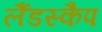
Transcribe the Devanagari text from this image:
लैंडस्कैप